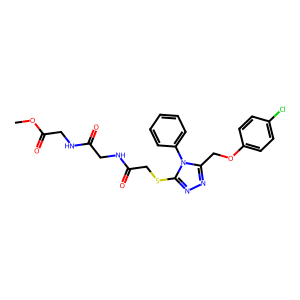
SMILES: COC(=O)CNC(=O)CNC(=O)CSc1nnc(COc2ccc(Cl)cc2)n1-c1ccccc1
Inhibits HIV replication: No